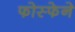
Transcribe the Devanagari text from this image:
फोस्फेने